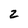
Character: z